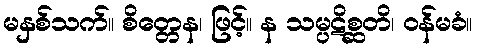
မနှစ်သက်။ စိတ္တေန၊ ဖြင့်။ န သမ္ပဋိစ္ဆတိ၊ ဝန်မခံ။